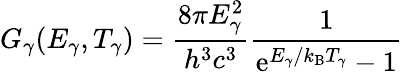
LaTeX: G_{\gamma}(E_{\gamma},T_{\gamma})=\frac{8\pi E_{\gamma}^{2}}{h^{3}c^{3}}\frac{1}{\mathrm{e}^{E_{\gamma}/k_{\mathrm{B}}T_{\gamma}}-1}